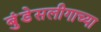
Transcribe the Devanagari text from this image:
बुंडेसलीगाच्या